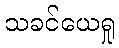
သခင်ယေရှု